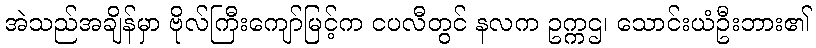
အဲသည်အချိန်မှာ ဗိုလ်ကြီးကျော်မြင့်က ငပလီတွင် နလက ဥက္ကဌ၊ သောင်းယံဦးဘား၏